Scottish Certificate of Education, 1963
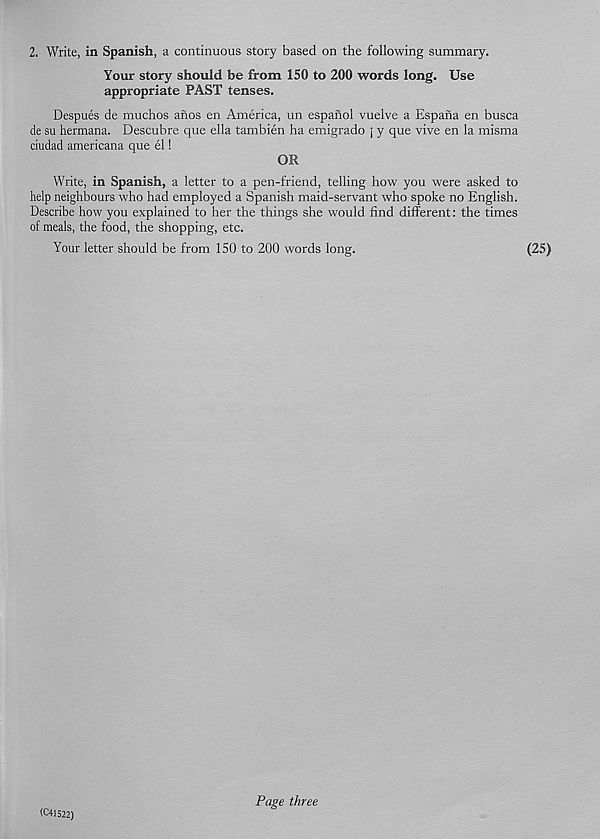
2. Write, in Spanish, a continuous story based on the following summary.
Your story should be from 150 to 200 words long. Use
appropriate PAST tenses.
Despues de muchos ailos en America, un espanol vuelve a Espafia en busca
de su hermana. Descubre que ella tambien ha emigrado j y que vive en la misma
ciudad americana que el!
OR
Write, in Spanish, a letter to a pen-friend, telling how you were asked to
help neighbours who had employed a Spanish maid-servant who spoke no English.
Describe how you explained to her the things she would find different: the times
of meals, the food, the shopping, etc.
Your letter should be from 150 to 200 words long.
(25)
(C41522)
Page three